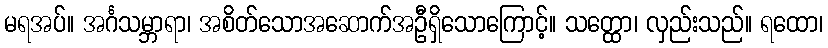
မရအပ်။ အင်္ဂသမ္ဘာရာ၊ အစိတ်သောအဆောက်အဦရှိသောကြောင့်။ သတ္ထော၊ လှည်းသည်။ ရထော၊